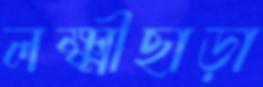
লক্ষ্মীছাড়া